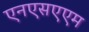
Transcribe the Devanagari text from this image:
एनएसएएम